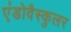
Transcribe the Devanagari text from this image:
एंडोवैस्कुलर